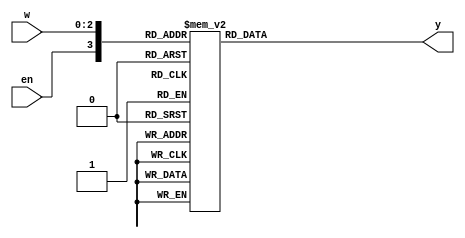
module q1(w, en, y);
input [2: 0]w;
input en;
output [0: 7]y;
reg [0: 7]y;
always @(en or w)
	case({en, w})
	4'b1000 : y = 8'b01111111;
	4'b1001 : y = 8'b10111111;
	4'b1010 : y = 8'b11011111;
	4'b1011 : y = 8'b11101111;
	4'b1100 : y = 8'b11110111;
	4'b1101 : y = 8'b11111011;
	4'b1110 : y = 8'b11111101;
	4'b1111 : y = 8'b11111110;
	default : y = 8'b11111111;
	endcase
endmodule